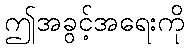
ဤအခွင့်အရေးကို